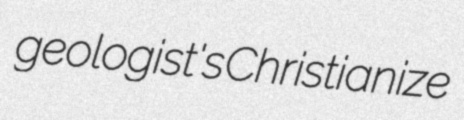
geologist's Christianize